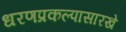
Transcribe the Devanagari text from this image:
धरणप्रकल्पासारखे